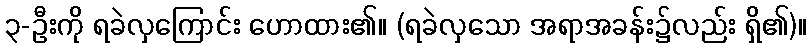
၃-ဦးကို ရခဲလှကြောင်း ဟောထား၏။ (ရခဲလှသော အရာအခန်း၌လည်း ရှိ၏)။